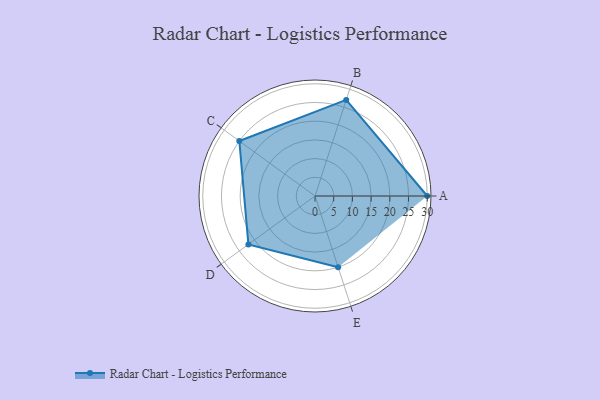
{"axis": {"x": "Skill", "y": "Score"}, "legend": ["Profile"], "data": [{"x": "A", "y": 30.0, "type": "Profile"}, {"x": "B", "y": 27.0, "type": "Profile"}, {"x": "C", "y": 25.0, "type": "Profile"}, {"x": "D", "y": 22.0, "type": "Profile"}, {"x": "E", "y": 20, "type": "Profile"}]}